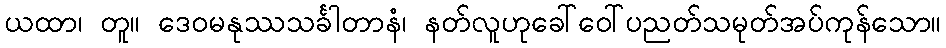
ယထာ၊ တူ။ ဒေဝမနုဿသင်္ခါတာနံ၊ နတ်လူဟုခေါ်ဝေါ်ပညတ်သမုတ်အပ်ကုန်သော။